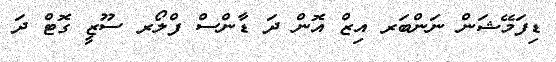
ޑިފަމޭޝަން ނަންބަރ އިޒް އޮން ދަ ޑާންސް ފްލޯރ ސޫޒީ ގޮޓް ދަ